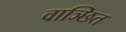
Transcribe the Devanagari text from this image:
वाञ्छित